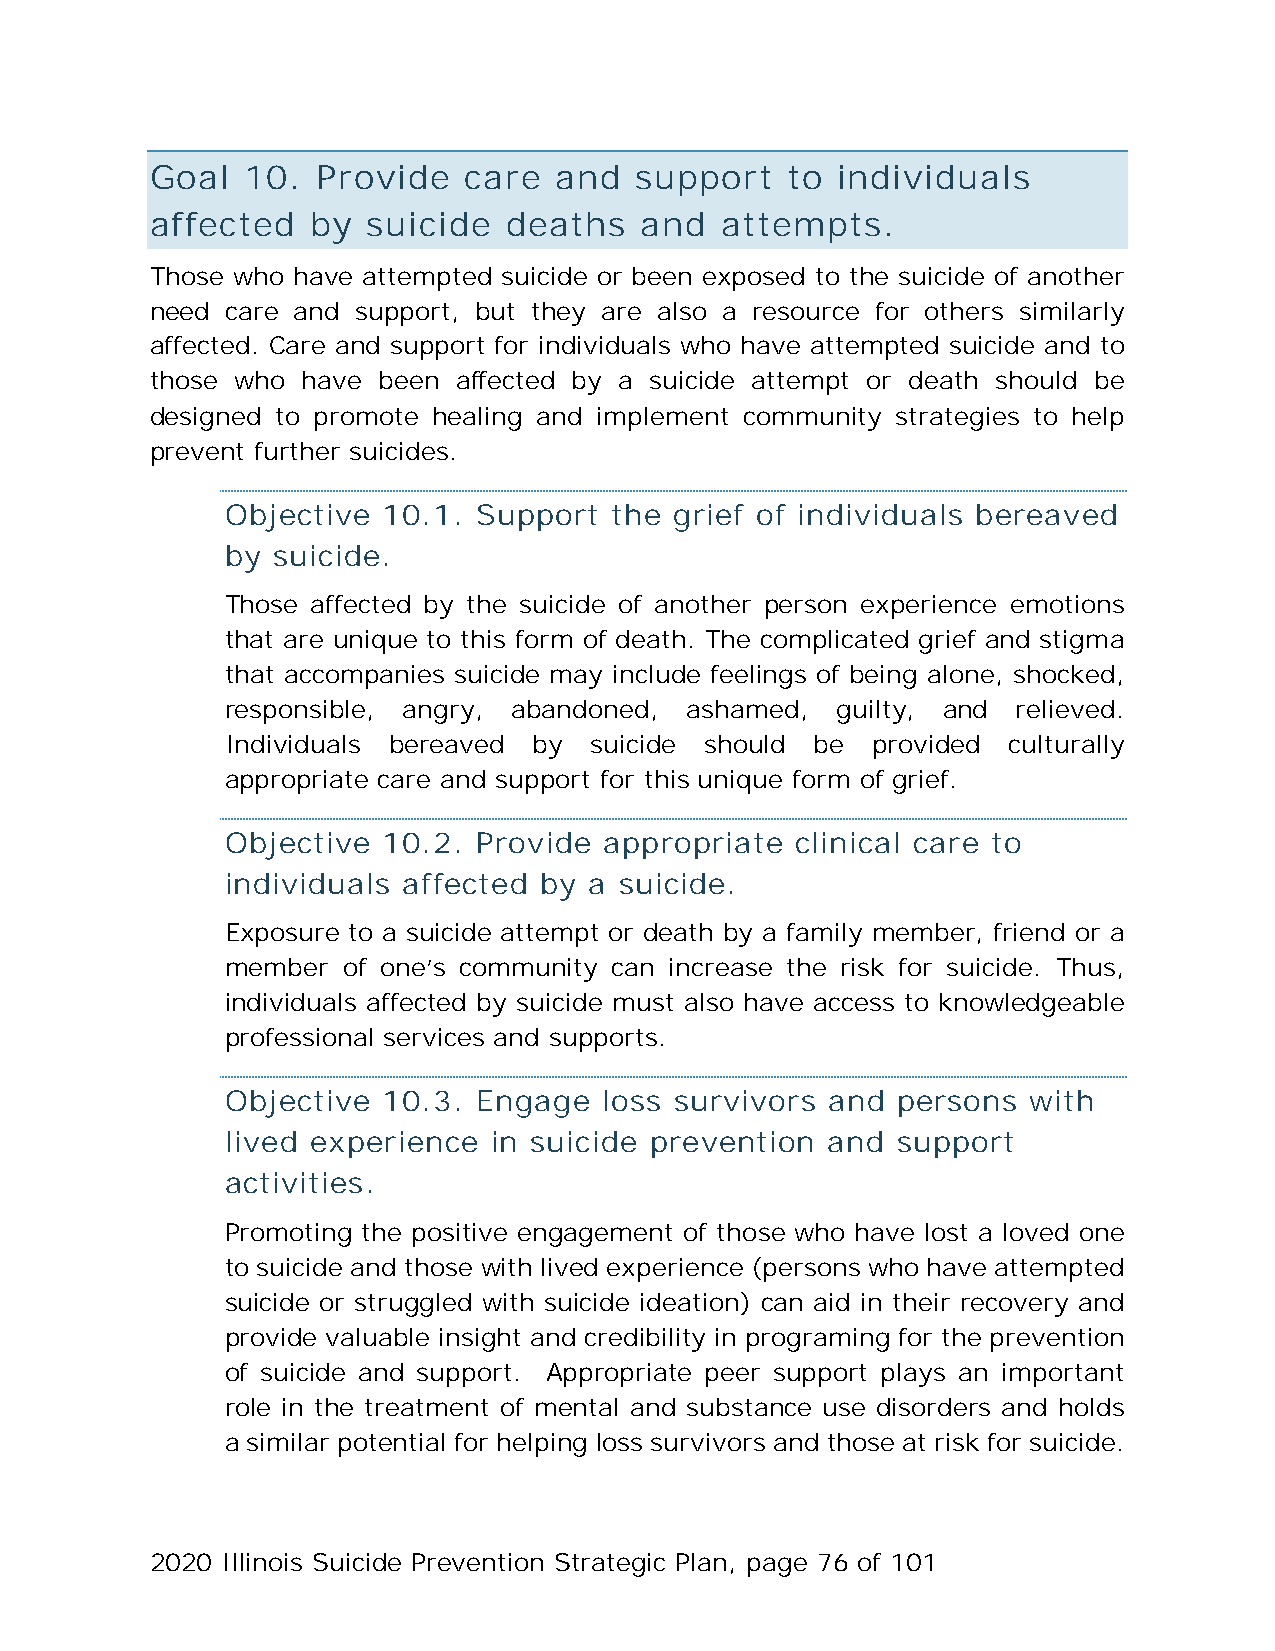
Goal  10.  Provide   care  and  support   to individuals
 affected   by suicide  deaths   and   attempts.
 Those who have attempted suicide or been exposed to the suicide of another
 need care and support, but they are also a resource for others similarly
 affected. Care and support for individuals who have attempted suicide and to
 those who have been affected by a suicide attempt or death should be
 designed to promote healing and implement community strategies to help
 prevent further suicides.
 Objective 10.1.  Support the  grief of individuals bereaved
 by suicide.
 Those affected by the suicide of another person experience emotions
 that are unique to this form of death. The complicated grief and stigma
 that accompanies suicide may include feelings of being alone, shocked,
 responsible, angry, abandoned, ashamed, guilty, and relieved.
 Individuals bereaved by suicide should be  provided culturally
 appropriate care and support for this unique form of grief.
 Objective 10.2.  Provide appropriate  clinical care to
 individuals affected by a suicide.
 Exposure to a suicide attempt or death by a family member, friend or a
 member  of one’s community can increase the risk for suicide. Thus,
 individuals affected by suicide must also have access to knowledgeable
 professional services and supports.
 Objective 10.3.  Engage  loss survivors and persons  with
 lived experience in suicide prevention  and support
 activities.
 Promoting the positive engagement of those who have lost a loved one
 to suicide and those with lived experience (persons who have attempted
 suicide or struggled with suicide ideation) can aid in their recovery and
 provide valuable insight and credibility in programing for the prevention
 of suicide and support. Appropriate peer support plays an important
 role in the treatment of mental and substance use disorders and holds
 a similar potential for helping loss survivors and those at risk for suicide.
 2020 Illinois Suicide Prevention Strategic Plan, page 76 of 101